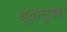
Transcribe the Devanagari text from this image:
बूढासुब्बा